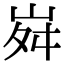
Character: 𡶷